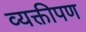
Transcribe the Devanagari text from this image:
व्यक्तीपण